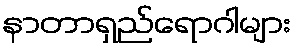
နာတာရှည်ရောဂါများ